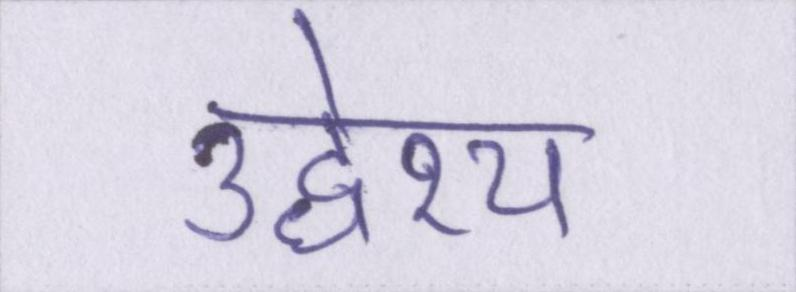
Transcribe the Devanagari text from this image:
उद्धेश्य